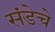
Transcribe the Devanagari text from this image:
संडेचे